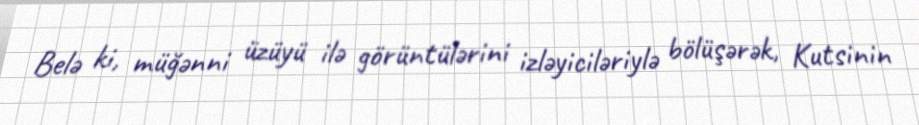
Belə ki, müğənni üzüyü ilə görüntülərini izləyiciləriylə bölüşərək, Kutsinin